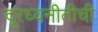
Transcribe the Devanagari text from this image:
दूरध्वनीतीची